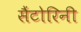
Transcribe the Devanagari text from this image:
सैंटोरिनी